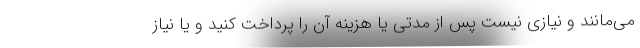
می‌مانند و نیازی نیست پس از مدتی یا هزینه آن را پرداخت کنید و یا نیاز